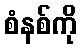
စံနစ်ကို